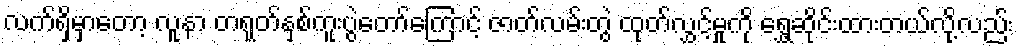
လက်ရှိမှာတော့ လူနာ တရုတ်နှစ်ကူးပွဲတော်ကြောင့် ဇာတ်လမ်းတွဲ ထုတ်လွှင့်မှုကို ရွှေ့ဆိုင်းထားတယ်လို့လည်း